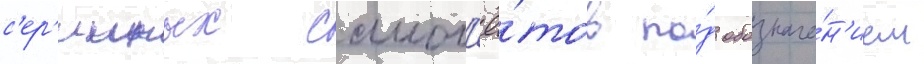
с'ер'ииных самол'ё́тов по́д обозначе́н'ием